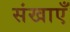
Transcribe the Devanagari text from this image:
संखाएँ